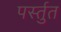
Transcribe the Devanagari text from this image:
पर्स्तुत